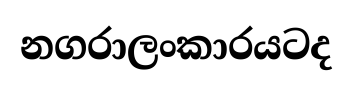
නගරාලංකාරයටද